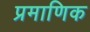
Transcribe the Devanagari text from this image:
प्रमाणिक